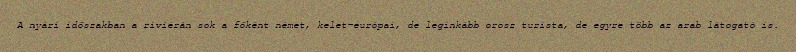
A nyári időszakban a riviérán sok a főként német, kelet-európai, de leginkább orosz turista, de egyre több az arab látogató is.